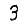
Digit: 3